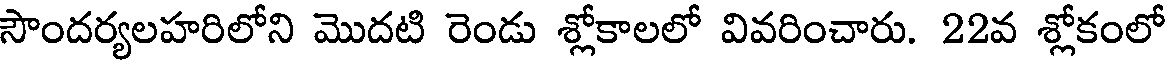
సౌందర్యలహరిలోని మొదటి రెండు శ్లోకాలలో వివరించారు. 22వ శ్లోకంలో